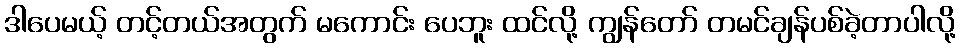
ဒါပေမယ့် တင့်တယ်အတွက် မကောင်း ပေဘူး ထင်လို့ ကျွန်တော် တမင်ချန်ပစ်ခဲ့တာပါလို့